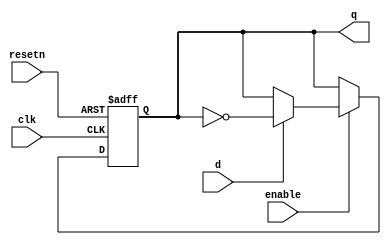
/*
Anthony De Caria - November 04, 2014

This is a T Flip Flop that has an enable and an asynchronous reset.
*/

module T_FF_Enable_Async(clk, resetn, enable, d, q);
	
	input clk;
	input resetn;
	input enable;
	input d;
	output reg q;
	
	always @(posedge clk or negedge resetn)
	begin
		if (!resetn)
		begin
			q <= 1'b0;
		end
		else
		begin
			if (enable)
			begin
				if (d)
				begin
					q <= !q;
				end
			end
		end
	end
	
endmodule